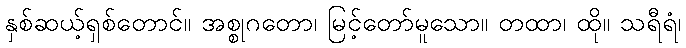
နှစ်ဆယ့်ရှစ်တောင်။ အစ္စုဂတော၊ မြင့်တော်မူသော။ တထာ၊ ထို။ သရီရံ၊